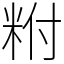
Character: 𥹃